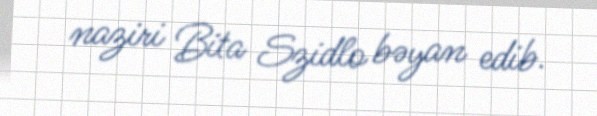
naziri Bita Szidlo bəyan edib.